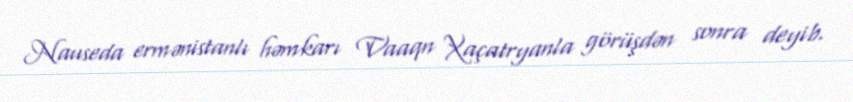
Nauseda ermənistanlı həmkarı Vaaqn Xaçatryanla görüşdən sonra deyib.